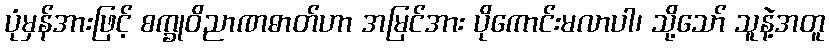
ပုံမှန်အားဖြင့် စက္ခုဝိညာဏဓာတ်ဟာ အမြင်အား ပိုကောင်းမလာပါ၊ သို့သော် သူနဲ့အတူ